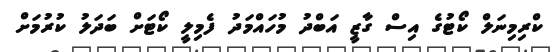
ކްރިމިނަލް ކޯޓުގެ އިސް ގާޒީ އަބްދު މުހައްމަދު ފެމިލީ ކޯޓަށް ބަދަލު ކުރުމަށް